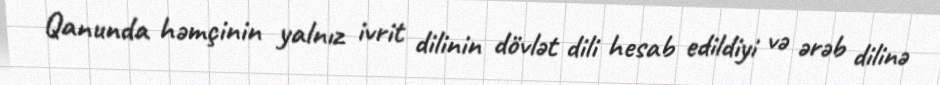
Qanunda həmçinin yalnız ivrit dilinin dövlət dili hesab edildiyi və ərəb dilinə